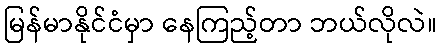
မြန်မာနိုင်ငံမှာ နေကြည့်တာ ဘယ်လိုလဲ။